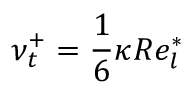
\nu _ { t } ^ { + } = \frac { 1 } { 6 } \kappa R e _ { l } ^ { * }